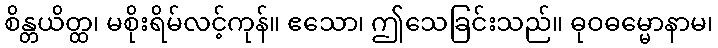
စိန္တယိတ္ထ၊ မစိုးရိမ်လင့်ကုန်။ ဧသော၊ ဤသေခြင်းသည်။ ဓုဝဓမ္မောနာမ၊